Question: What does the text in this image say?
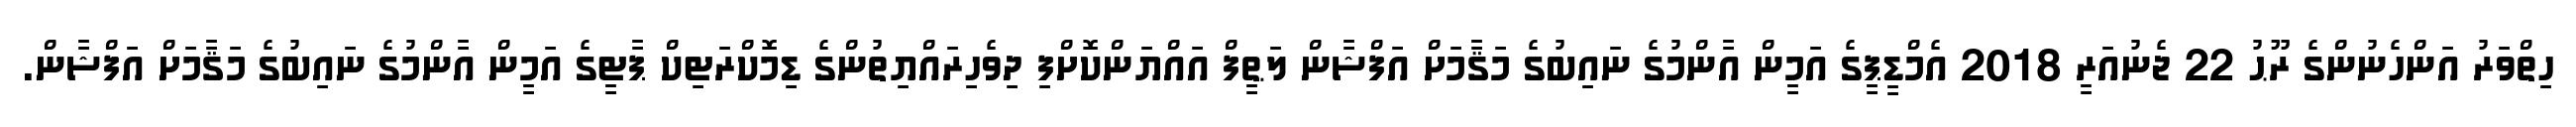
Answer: ހިތްވަރު އަންހެނުންގެ ރޫޙު 22 ޖެނުއަރީ 2018 އެމްޑީޕީގެ އަމީން އާންމުގެ ނައިބުގެ މަޤާމަށް އަފްޝާން ލަޠީފް އައްޔަންކޮށްފި ދިވެހިރައްޔިތުންގެ ޑިމޮކްރަޓިކް ޕާޓީގެ އަމީން އާންމުގެ ނައިބުގެ މަޤާމަށް އަފްޝާން.